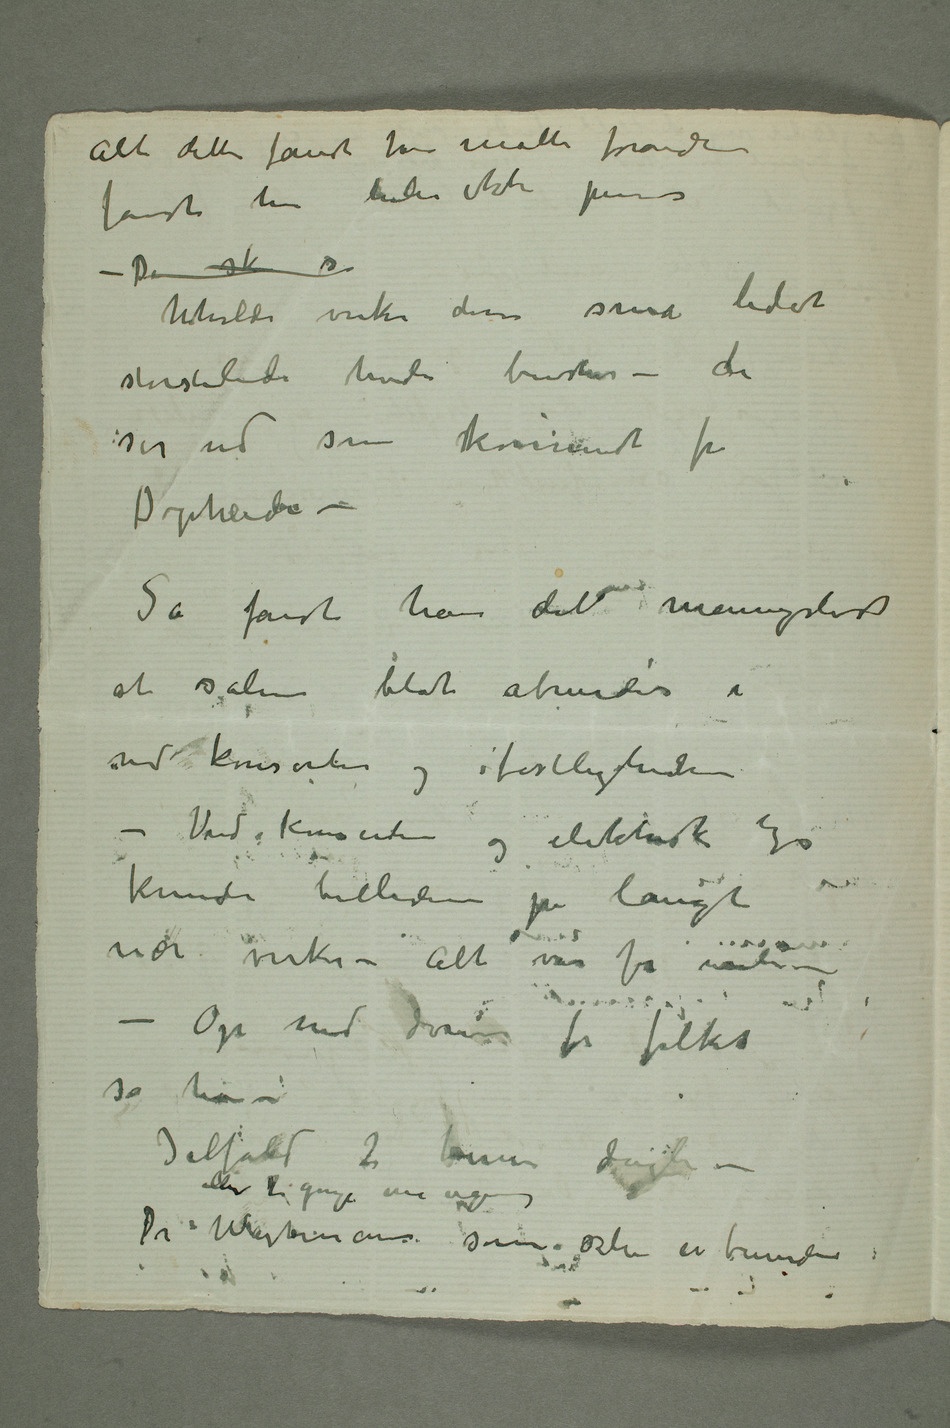
Alt dette fandt han måtte forandres
fandt han heller ikke pene –
storstilede hvide busker – de
ser ud som kommet fra
Dopheidekodes? –
at salen blot åbnedes i
ved konserter og festligheder
– Ved konserter og elektrisk lys
nær virke – alt var for vanli – –
Op med dørene for folket
sa han
Ialfald 2 timer dagli –
Dr Wartmann
som selv er beundrer